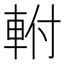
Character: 軵